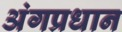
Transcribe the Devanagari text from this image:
अंगप्रधान